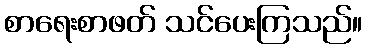
စာရေးစာဖတ် သင်ပေးကြသည်။